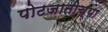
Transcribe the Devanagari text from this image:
पोटजातीच्या